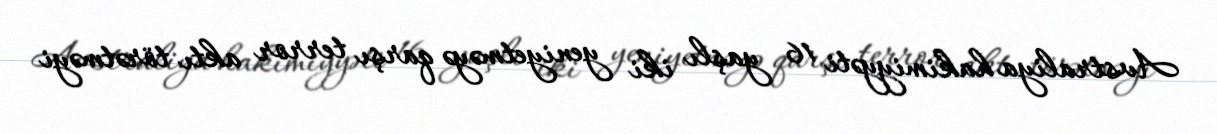
Avstraliya hakimiyyəti 16 yaşlı iki yeniyetməyə qarşı terror aktı törətməyi